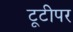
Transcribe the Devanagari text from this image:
टूटीपर